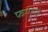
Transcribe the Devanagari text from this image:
फग्गुनो